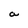
Character: a